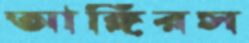
আঙ্গিরস